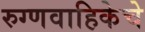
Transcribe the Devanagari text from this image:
रुग्णवाहिकेचे